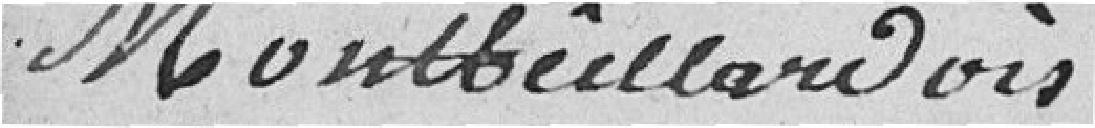
Montbeillardois